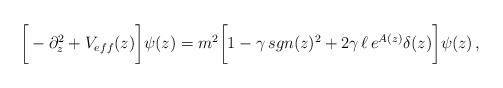
LaTeX: \begin{align*}\bigg[- \partial_z^2+ V_{eff}(z)\bigg]\psi(z)= m^2\bigg[1-\gamma\,sgn(z)^2+2\gamma\,\ell\,e^{A(z)}\delta(z)\bigg]\psi(z)\,,\end{align*}